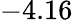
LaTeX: -4.16